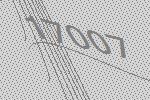
17007